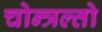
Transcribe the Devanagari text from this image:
चोन्त्रल्तो